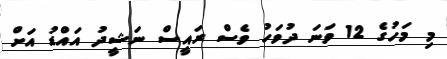
މި މަހުގެ 12 ވަނަ ދުވަހު ވެސް ރައީސް ނަޝީދު އައްޑު އަށް